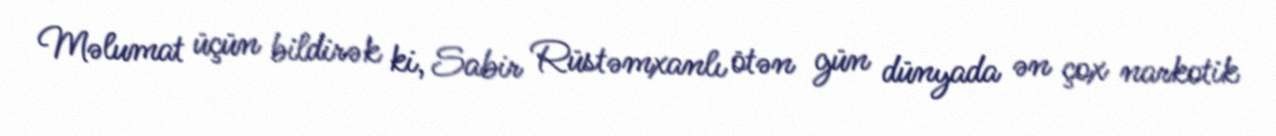
Məlumat üçün bildirək ki, Sabir Rüstəmxanlı ötən gün dünyada ən çox narkotik